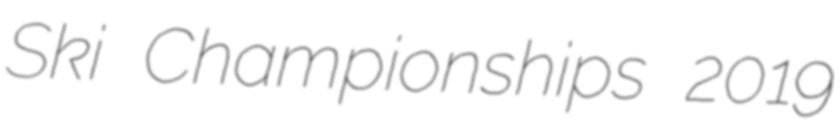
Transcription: Ski Championships 2019